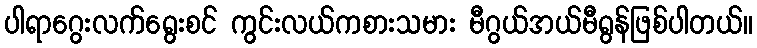
ပါရာဂွေးလက်ရွေးစင် ကွင်းလယ်ကစားသမား မီဂွယ်အယ်မီရွန်ဖြစ်ပါတယ်။